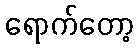
ရောက်တော့